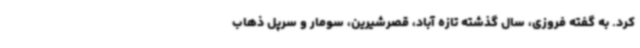
کرد. به گفته فروزی، سال گذشته تازه آباد، قصرشیرین، سومار و سرپل ذهاب